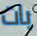
بات